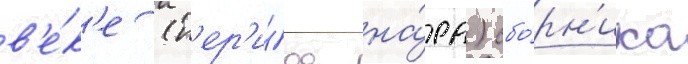
в'е́к'е (п'ер'и́од на́ра) сбо́рн'ика